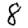
Digit: 8